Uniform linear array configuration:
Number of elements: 16
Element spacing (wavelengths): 1
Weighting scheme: hann
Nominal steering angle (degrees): -15
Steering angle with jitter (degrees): -13.295
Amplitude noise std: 0.05
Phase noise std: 0.05

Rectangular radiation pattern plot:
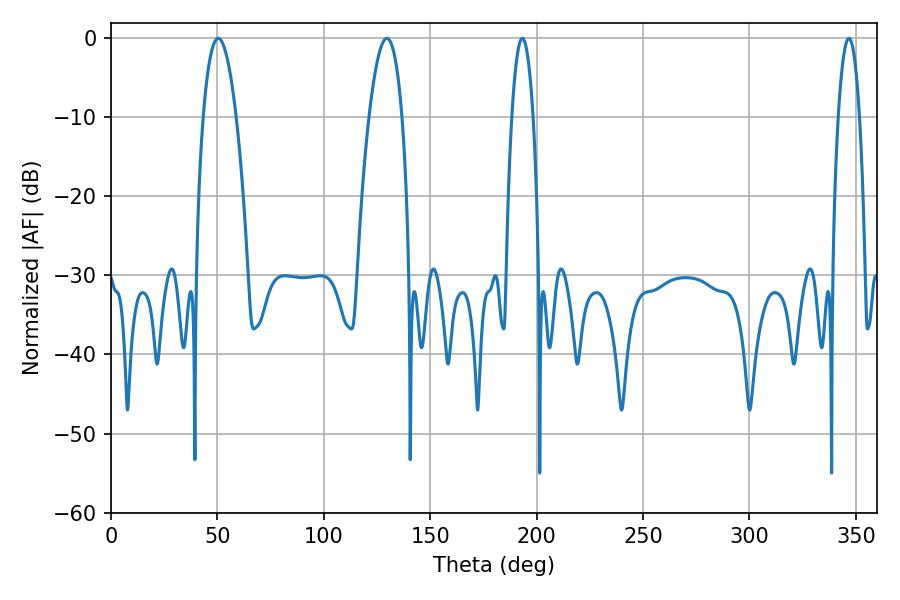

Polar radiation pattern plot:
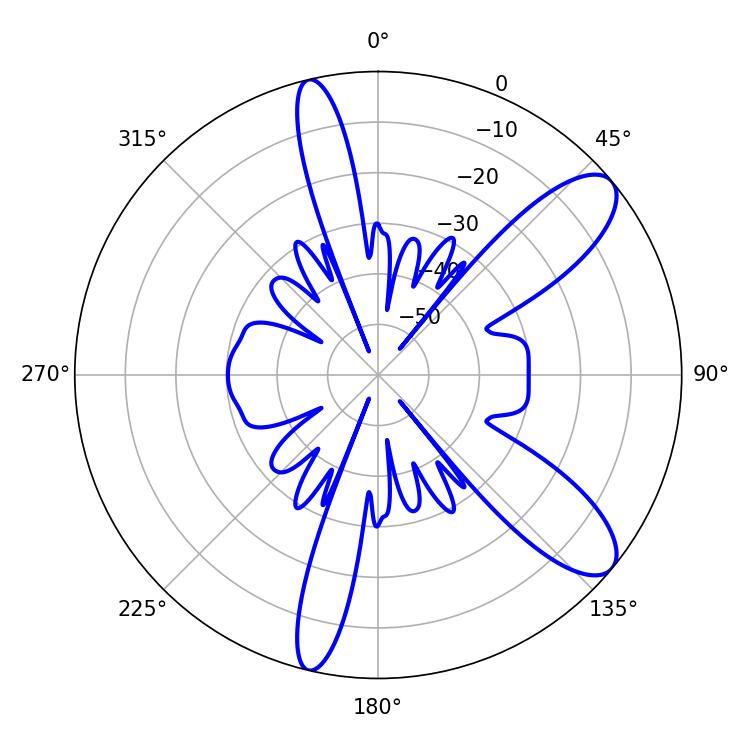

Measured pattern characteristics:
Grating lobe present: TRUE
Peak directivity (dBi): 9.998
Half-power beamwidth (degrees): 8.64
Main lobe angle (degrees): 50.4